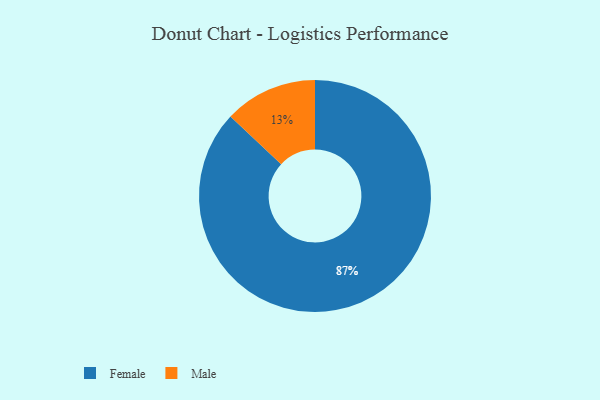
{"axis": {"x": "Category", "y": "Percentage"}, "legend": ["Female", "Male"], "data": [{"x": "Female", "y": 87, "type": "Female"}, {"x": "Male", "y": 13, "type": "Male"}]}